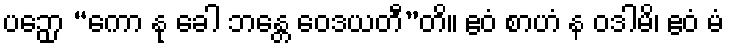
ပဉှော “ကော နု ခေါ ဘန္တေ ဝေဒယတီ”တိ။ ဧဝံ စာဟံ န ဝဒါမိ၊ ဧဝံ မံ